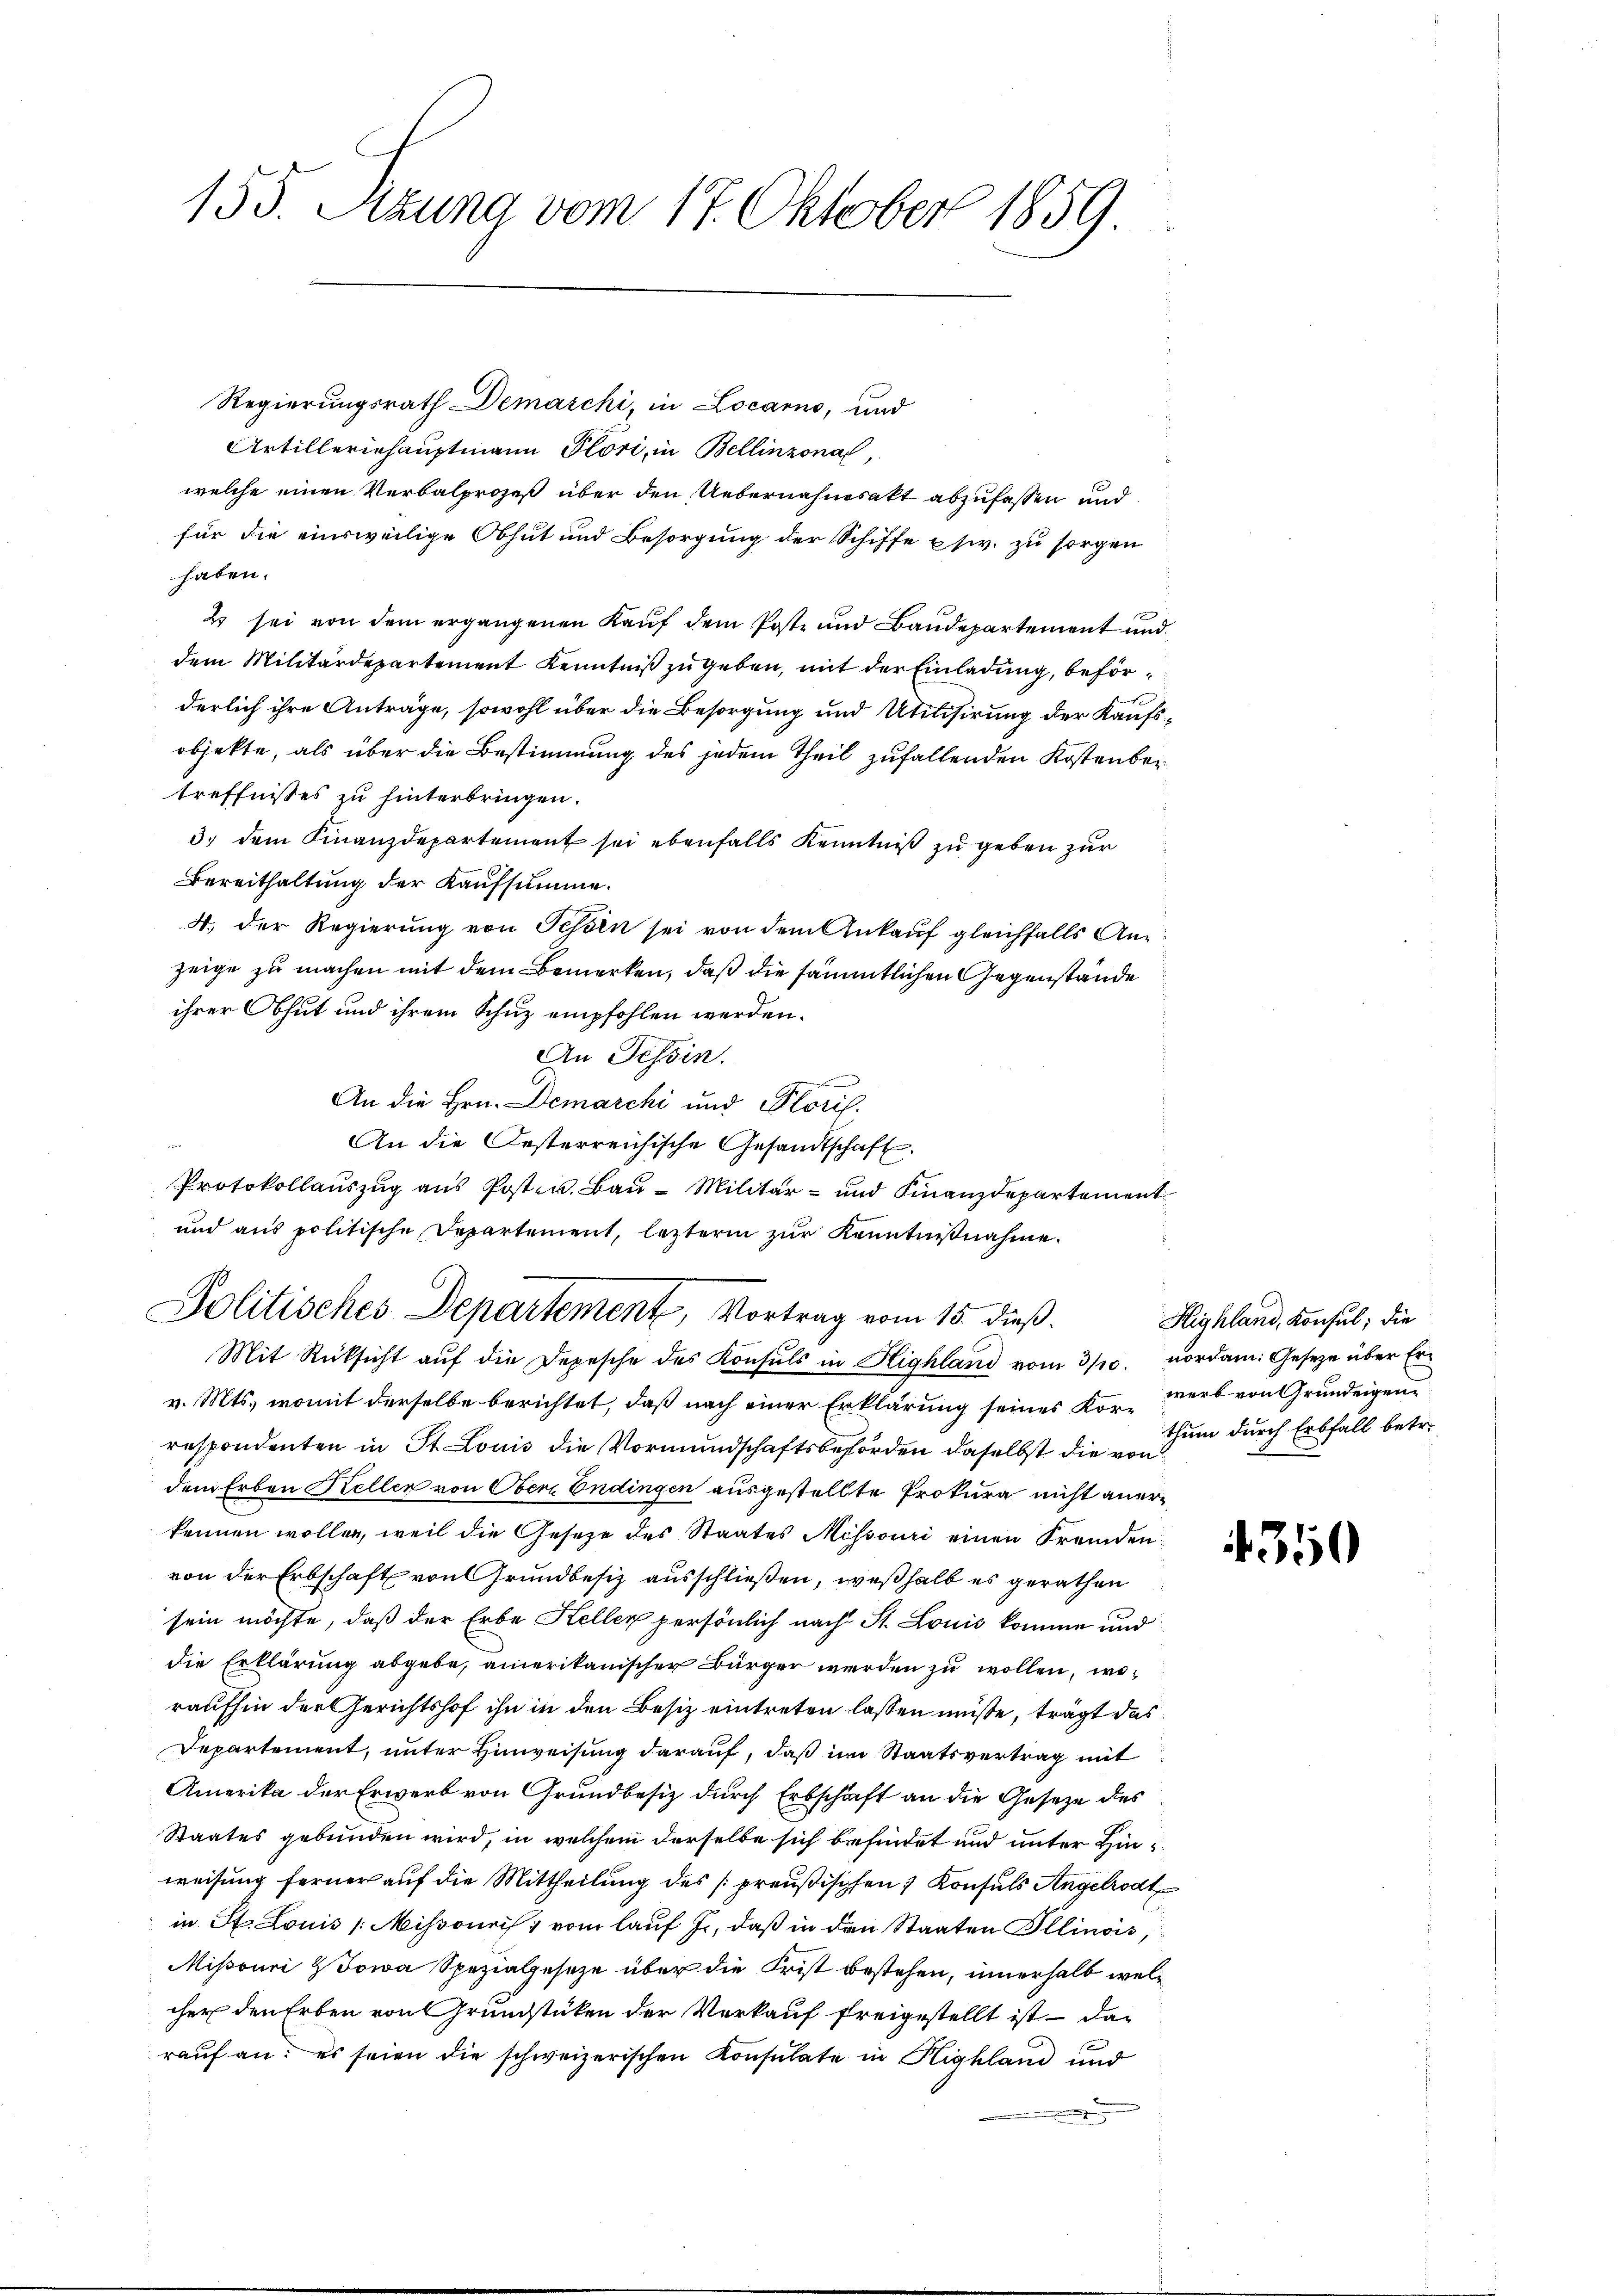
155. Sitzung vom 17. Oktober 1859.

Regierungsrath Demarchi, in Locarno, und
Artilleriehauptmann Pöri, in Bellinzona,
welche einen Verbalprozeß über den Uebernahmsakt abzufassen und
für die einsweilige Obhut und Besorgung der Schiffe psiv. zu sorgen
haben.
2 sei von dem ergangenen Kauf dem Poste und Baudepartement und
dem Militärdepartement Kenntniß zu geben, mit der Einladung, beförderlich ihre Anträge, sowohl über die Besorgung und Utilisirung der Kaufsobjekte, als über die Bestimmung des jedem Theil zufallenden Kosten betreffnisses zu hinterbringen.
3. dem Finanzdepartement sei ebenfalls Kenntniß zu geben zur
Bereithaltung der Kaufsumme.
4. der Regierung von Fessen sei von dem Ankauf gleichfalls Anzeige zu machen mit dem Bemerken, daß die sämmtlichen Gegenstände
ihrer Thut und ihrem Schuz empfohlen werden.
An Tessin.
An die Hrn. Demarchi und Floris
An die Oesterreichische Gesandtschaft.
Protokollauszug aus Post- u. Bau-Militär- und Finanzdepartement
und aus politische Departement, leztern zŭr Kenntnißnahme.
Politisches Departement, Vortrag vom 15. dieß.
Mit Rücksicht aŭf die Depesche des Konsuls in Highland vom 3/10. vordam. Gesetze über Erv. Mts., womit derselbe berichtet, daß nach einer Erklärung seines Kor-werb von Grundeigen
respondenten in St. Louis die Vormundschaftsbehörden daselbst die von
dem Erben Keller von Obern Endingen ausgestellte Prokura nicht anerkennen wollen, weil die Gesetze des Staates Missouri einen Fremden
von der Erbschaft von Grundbesitz ausschließen, weßhalb es gerathen
sein möchte, daß der Erbe Keller persönlich nach St. Louis komme und
die Erklärung abgebe, amerikanischer Bürger werden zu wollen, woraufhin der Gerichtshof ihn in den Besiz eintreten lassen müsse, trägt das
Departement, unter Hinweisung darauf, daß im Staatsvertrag mit
Amerika der Erwerb von Grundbesiz durch Erbschaft an die Gesetze des
Staates gebunden wird, in welchem derselbe sich befindet und unter Hinweisung ferner auf die Mittheilung des preußischen Konsuls Angelrodt
in St. Louis (Mihsouris vom lauf J., daß in den Staaten Illinois,
Missouri & Jowa Spezialgeseze über die Frist bestehen, innerhalb welcher den Erben von Grundstücken der Verkauf freigestellt ist – das
rauf an: es seien die schweizerischen Konsulate in Highland und

Highland, Konsul, die
thum durch Erbfall betr.

4350